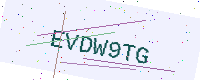
Text: EVDW9TG